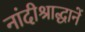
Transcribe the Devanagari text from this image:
नांदीश्राद्धानें